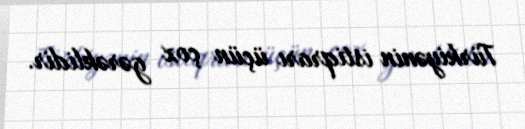
Türkiyənin istiqrarı üçün çox gərəklidir.